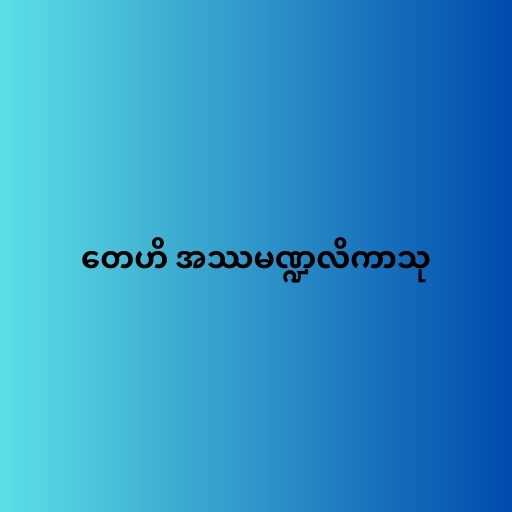
တေဟိ အဿမဏ္ဍလိကာသု